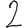
Digit: 2